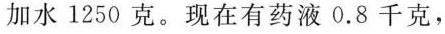
加水1250克。现在有药液0.8千克，